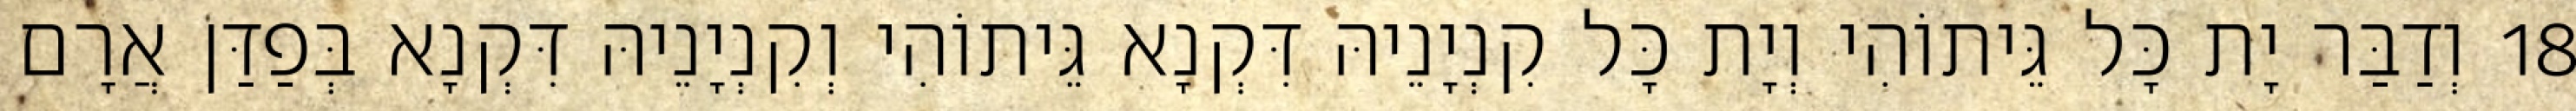
18 וְדַבַּר יָת כָּל גֵּיתוֹהִי וְיָת כָּל קִנְיָנֵיהּ דִּקְנָא גֵּיתוֹהִי וְקִנְיָנֵיהּ דִּקְנָא בְּפַדַּן אֲרָם